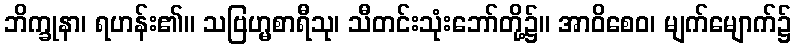
ဘိက္ခုနာ၊ ရဟန်း၏။ သဗြဟ္မစာရီသု၊ သီတင်းသုံးဘော်တို့၌။ အာဝိစေဝ၊ မျက်မျောက်၌